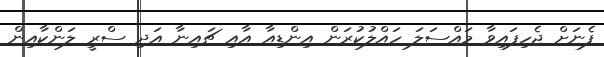
ފެނަށް ޖެހިފައިވާ މައްސަލަ ހައްލުކުރަން އިންޑިއާ އާއި ޗައިނާ އަދި ސްރީ ލަންކާއިން